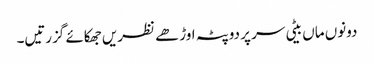
دونوں ماں بیٹی سر پر دوپٹہ اوڑھے نظریں جھکائے گزرتیں۔